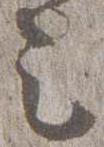
送